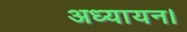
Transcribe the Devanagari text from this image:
अध्यायन।